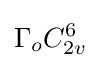
\Gamma _{o}C_{2v}^{6}